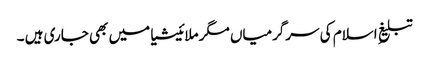
تبلیغِ اسلام کی سرگرمیاں مگر ملائیشیا میں بھی جاری ہیں ۔